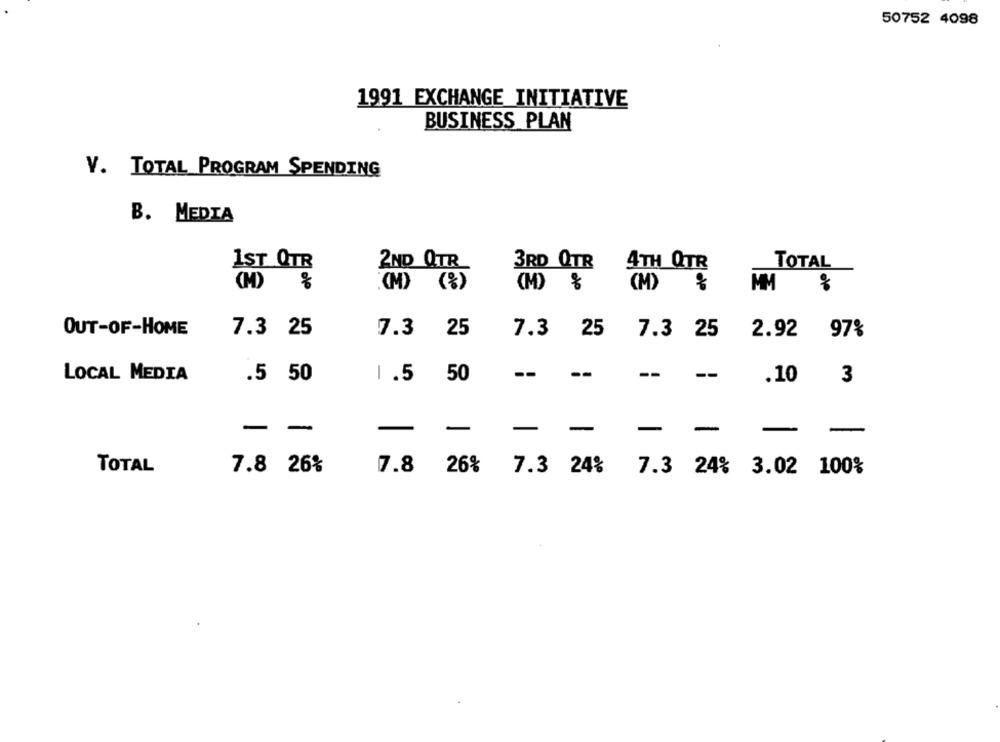
50752 4098
1991 EXCHANGE INITIATIVE
BUSINESS PLAN
V. TOTAL PROGRAM SPENDING
B. MEDIA
1ST QTR
2ND QTR
3RD QTR
4TH QTR
TOTAL
(1) %
(M) %
(M) %
MM %
OUT-OF-HOME
7.3 25
7.3 25
7.3 25
7.3 25
2.92
97%
LOCAL MEDIA
.5 50
1.5
50
--
--
--
--
3
.10
- -
-
-
-
-
- -
-
-
TOTAL
7.8 26%
7.8 26%
7.3 24%
7.3 24% 3.02 100%